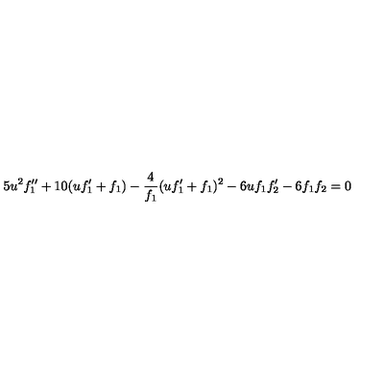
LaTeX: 5 u ^ { 2 } f _ { 1 } ^ { \prime \prime } + 1 0 ( u f _ { 1 } ^ { \prime } + f _ { 1 } ) - \frac { 4 } { f _ { 1 } } ( u f _ { 1 } ^ { \prime } + f _ { 1 } ) ^ { 2 } - 6 u f _ { 1 } f _ { 2 } ^ { \prime } - 6 f _ { 1 } f _ { 2 } = 0